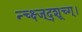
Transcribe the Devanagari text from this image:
न्च्क्ष्ज्द्शूच्ग्।